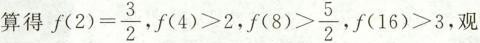
算得 $$f ( 2 ) = \frac { 3 } { 2 }$$ ， $$f ( 4 ) > 2$$ . $$f ( 8 ) > \frac { 5 } { 2 }$$ ， $$f ( 1 6 ) > 3$$ ，观